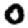
Digit: 0